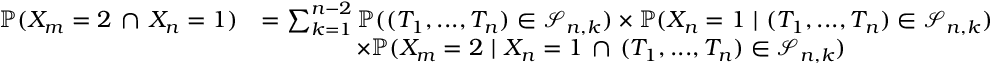
\begin{array} { r l } { \mathbb { P } ( X _ { m } = 2 \, \cap \, X _ { n } = 1 ) } & { = \sum _ { k = 1 } ^ { n - 2 } \mathbb { P } ( ( T _ { 1 } , . . . , T _ { n } ) \in \mathcal { S } _ { n , k } ) \times \mathbb { P } ( X _ { n } = 1 \ | \ ( T _ { 1 } , . . . , T _ { n } ) \in \mathcal { S } _ { n , k } ) } \\ & { \qquad \qquad \times \mathbb { P } ( X _ { m } = 2 \ | \ X _ { n } = 1 \, \cap \, ( T _ { 1 } , . . . , T _ { n } ) \in \mathcal { S } _ { n , k } ) } \end{array}